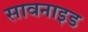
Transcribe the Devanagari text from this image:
सावनाइड